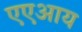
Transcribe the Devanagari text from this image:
एएआय